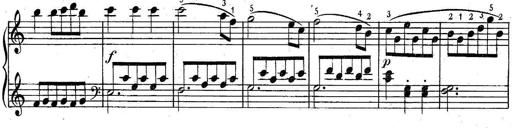
Title: 6 Easy Sonatinas
Composer: Carl Czerny